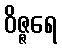
ဝိဇ္ဇရေ